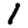
Digit: 1